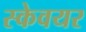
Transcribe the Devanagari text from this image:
स्केवयर